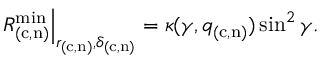
\left. R _ { ( \mathrm { c , n } ) } ^ { \mathrm { m i n } } \right| _ { r _ { ( \mathrm { c , n } ) } , \delta _ { ( \mathrm { c , n } ) } } = \kappa ( \gamma , q _ { ( \mathrm { c , n } ) } ) \sin ^ { 2 } \gamma .